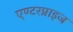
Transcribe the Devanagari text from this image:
एण्टरप्राइज